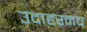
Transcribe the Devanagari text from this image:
उदाहरनच